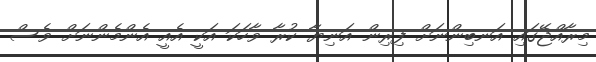
މިރާއްޖޭގައި އަނބިންނަށް ފިރިން އަނިޔާ ކުރާ ވާހަކަ އަކީ އެއީ އެންމެންނަށް ވެސް